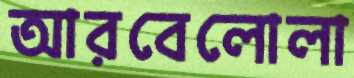
আরবেলোলা